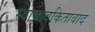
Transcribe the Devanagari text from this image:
स्वाभावकितावाद